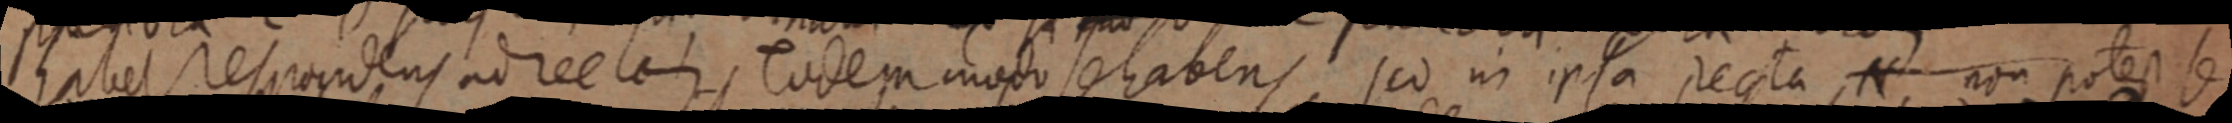
habet respondens ad rectam, Eodem modo sehabens, sed in ipsa recta, N non potest se